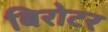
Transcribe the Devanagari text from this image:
बिरोटर